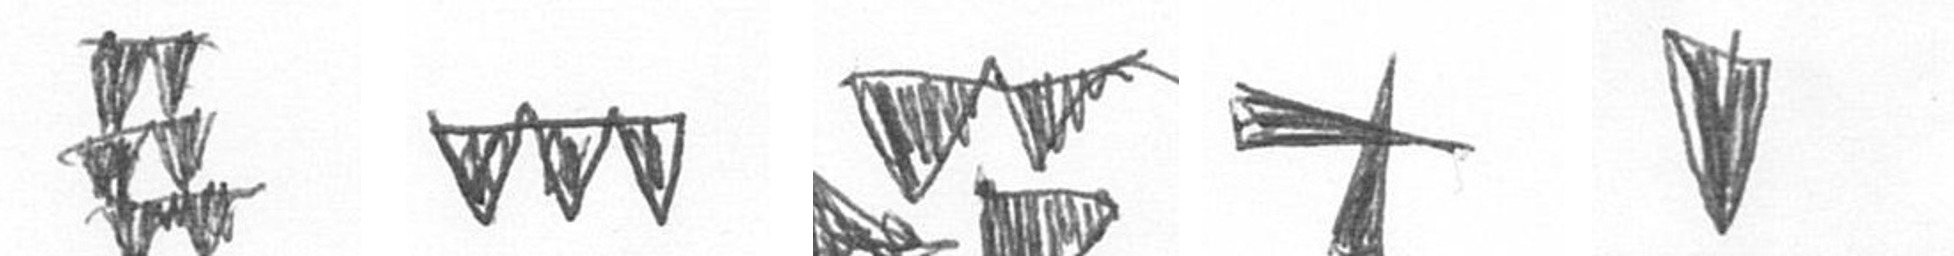
Y L B G J